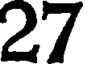
27